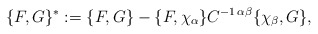
\begin{align*}\{ F,G \}^{*} := \{ F,G \} - \{ F,\chi_{\alpha} \} C^{-1 \, \alpha \beta} \{ \chi_{\beta},G \}, \end{align*}